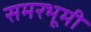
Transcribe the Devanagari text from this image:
समरभूमी